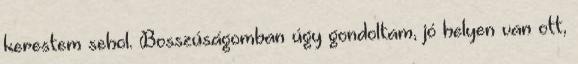
kerestem sehol. Bosszúságomban úgy gondoltam, jó helyen van ott,